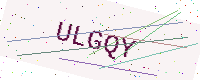
Text: ULGQY